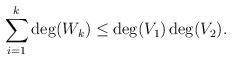
LaTeX: \begin{align*} \sum_{i=1}^k \deg(W_k) \leq \deg(V_1) \deg(V_2).\end{align*}